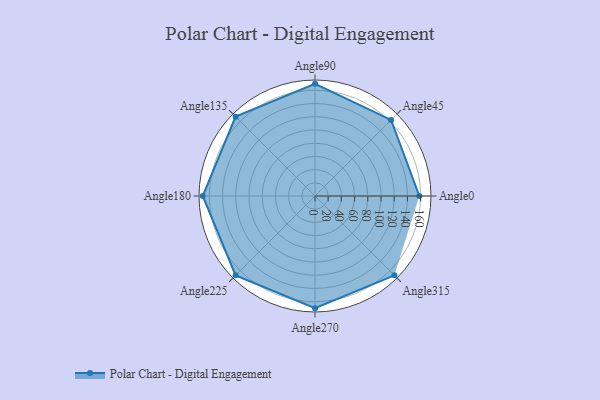
{"axis": {"x": "Angle", "y": "Radius"}, "legend": [""], "data": [{"x": "Angle0", "y": 158.0, "type": ""}, {"x": "Angle45", "y": 163.0, "type": ""}, {"x": "Angle90", "y": 170, "type": ""}, {"x": "Angle135", "y": 170, "type": ""}, {"x": "Angle180", "y": 170, "type": ""}, {"x": "Angle225", "y": 170, "type": ""}, {"x": "Angle270", "y": 170, "type": ""}, {"x": "Angle315", "y": 170, "type": ""}]}